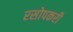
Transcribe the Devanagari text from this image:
रसोपकरी